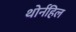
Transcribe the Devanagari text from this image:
थोर्नहिल